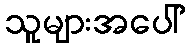
သူများအပေါ်